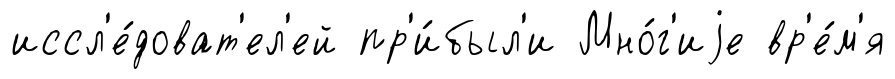
иссл'е́доват'ел'ей пр'и́был'и Мно́г'иjе вр'е́м'я